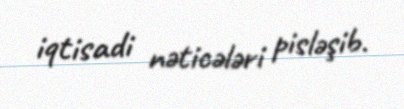
iqtisadi nəticələri pisləşib.